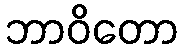
ဘာဝိတော